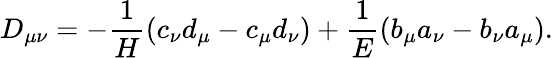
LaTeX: D_{\mu\nu}=-\frac{1}{H}\left(c_{\nu}d_{\mu}-c_{\mu}d_{\nu}\right)+\frac{1}{E}\left(b_{\mu}a_{\nu}-b_{\nu}a_{\mu}\right).